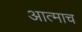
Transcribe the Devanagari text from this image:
आत्माच